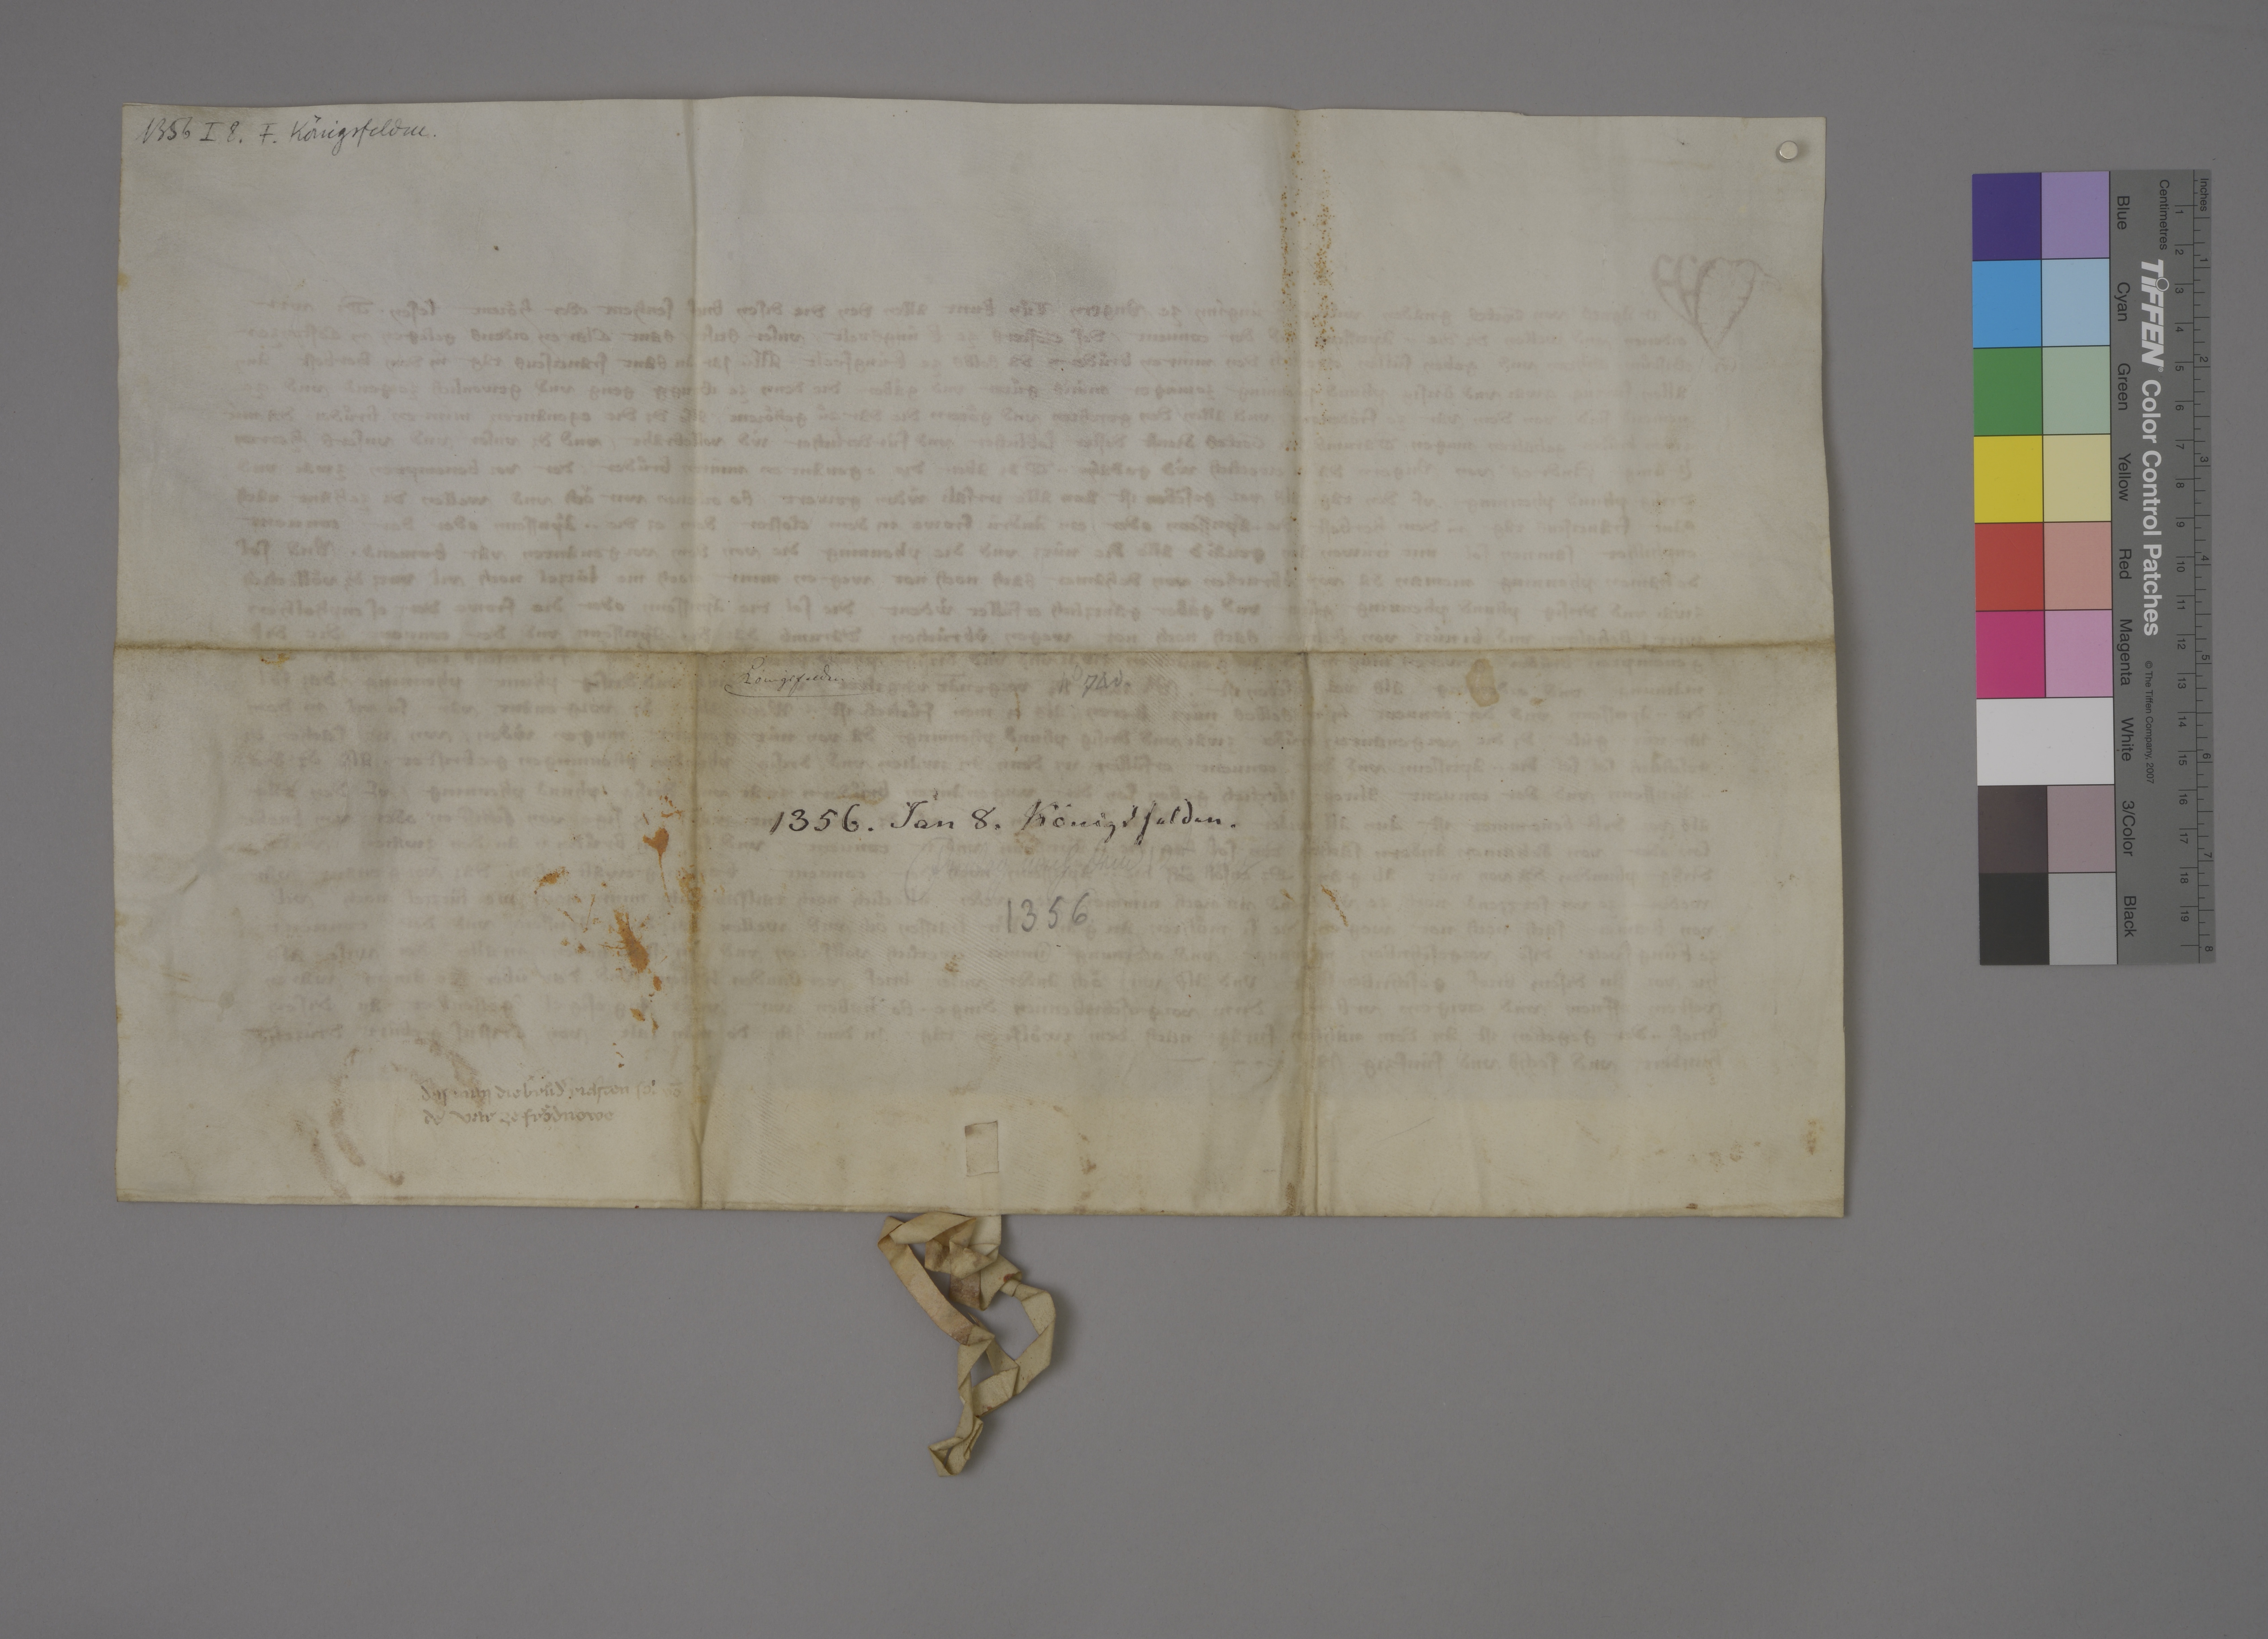
Transcription:
1356 I 8 . F. Königsfelden .

Königsfelden .

Nͦ. 740 .

1356 . Jan 8 . Königsfelden .

Fritag nach dem 12t. Tag
✳

1356

das man die bruͦdˀ richten sol vō
dē var ze Froͤdnowe